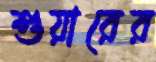
শুয়ারের